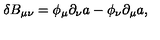
\delta B _ { \mu \nu } = \phi _ { \mu } \partial _ { \nu } a - \phi _ { \nu } \partial _ { \mu } a ,